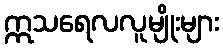
ဣသရေလလူမျိုးများ